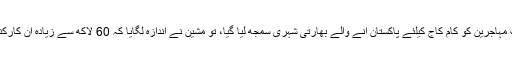
اس تحقیقی متھاڈالوجی کا اطلاق کرتے ہوئے جب مہاجرین کو کام کاج کیلئے پاکستان آنے والے بھارتی شہری سمجھ لیا گیا، تو مشین نے اندازہ لگایا کہ 60 لاکھ سے زیادہ ان کارکنوں نے تقریباََ 5 ارب ڈالر بھارت بھیجے ہونگے۔